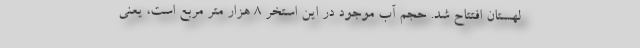
لهستان افتتاح شد. حجم آب موجود در این استخر ۸ هزار متر مربع است، یعنی